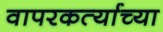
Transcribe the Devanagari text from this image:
वापरकर्त्याच्या